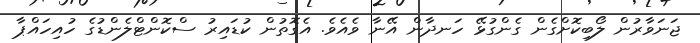
ޖަނަވާރުން ލޯބިކޮށްގެން ގެންގުޅޭ ހަނދާން އޭނާ ވެއެވެ. އެގޮތުން ކުޑައިރު ސްކޮންޓްލެންޑުގެ ހުއިހައްޕާ